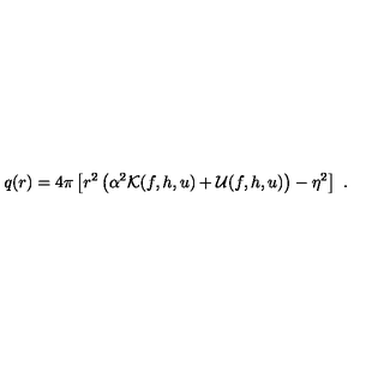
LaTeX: q ( r ) = 4 \pi \left[ r ^ { 2 } \left( \alpha ^ { 2 } { \cal K } ( f , h , u ) + { \cal U } ( f , h , u ) \right) - \eta ^ { 2 } \right] \ .